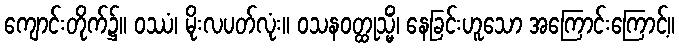
ကျောင်းတိုက်၌။ ဝဿံ၊ မိုးလပတ်လုံး။ ဝသနဝတ္ထုသ္မိံ၊ နေခြင်းဟူသော အကြောင်းကြောင့်။